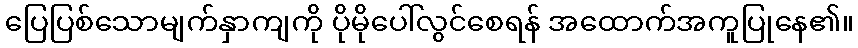
ပြေပြစ်သောမျက်နှာကျကို ပိုမိုပေါ်လွင်စေရန် အထောက်အကူပြုနေ၏။